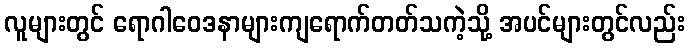
လူများတွင် ရောဂါဝေဒနာများကျရောက်တတ်သကဲ့သို့ အပင်များတွင်လည်း